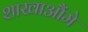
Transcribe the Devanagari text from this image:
शाखाऔंमे